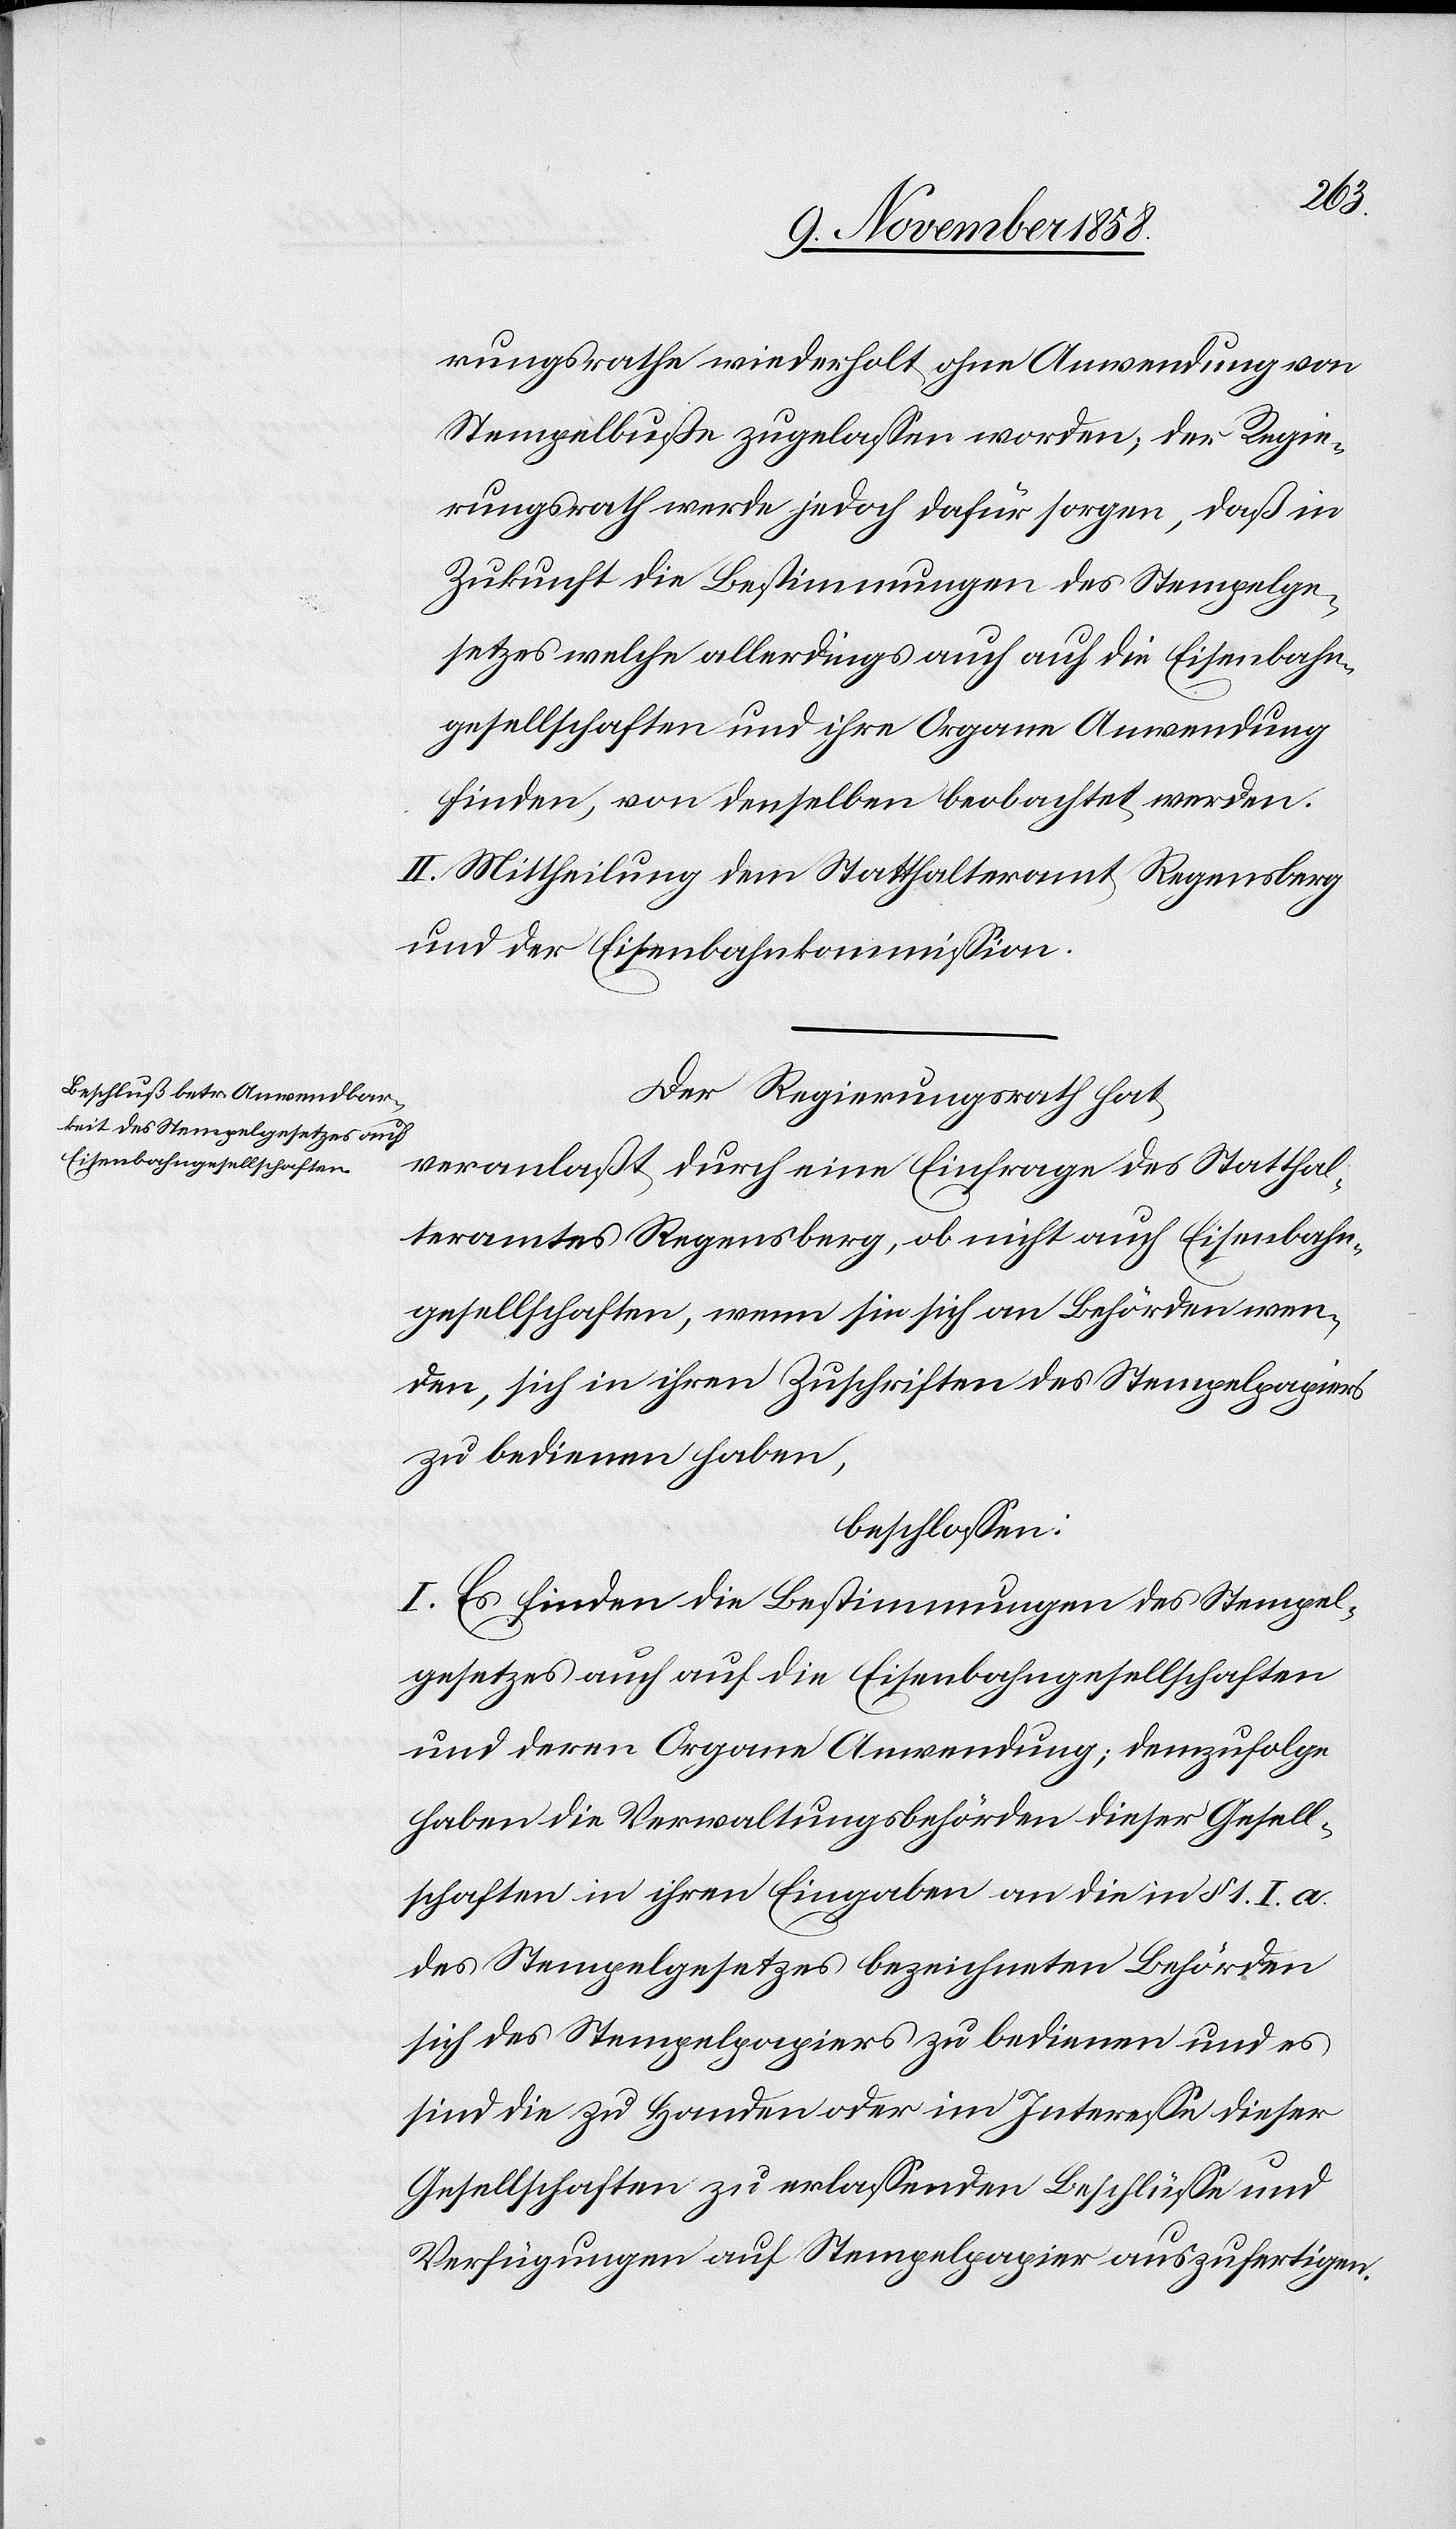
rungsrathe wiederholt ohne Anwendung von
Stempelbuße zugelassen worden; der Regie¬
rungsrath werde jedoch dafür sorgen, daß in
Zukunft die Bestimmungen des Stempelge¬
setzes welche allerdings auch auf die Eisenbahn¬
gesellschaften und ihre Organe Anwendung
finden, von denselben beobachtet werden.
II. Mittheilung dem Statthalteramt Regensberg
und der Eisenbahnkommission.
Der Regierungsrath hat
veranlaßt durch eine Einfrage des Statthal¬
teramtes Regensberg, ob nicht auch Eisenbahn¬
gesellschaften, wenn sie sich an Behörden wen¬
den, sich in ihren Zuschriften des Stempelpapiers
zu bedienen haben,
beschlossen:
I. Es finden die Bestimmungen des Stempel¬
gesetzes auch auf die Eisenbahngesellschaften
und deren Organe Anwendung; demzufolge
haben die Verwaltungsbehörden dieser Gesell¬
schaften in ihren Eingaben an die in § 1. I. a.
des Stempelgesetzes bezeichneten Behörden
sich des Stempelpapiers zu bedienen und es
sind die zu Handen oder im Interesse dieser
Gesellschaften zu erlassenden Beschlüsse und
Verfügungen auf Stempelpapier auszufertigen.